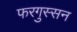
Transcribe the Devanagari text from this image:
फरगुस्सन